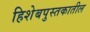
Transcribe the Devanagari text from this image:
हिशेबपुस्तकातील